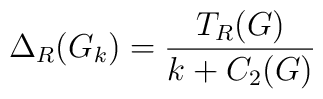
\Delta_R(G_k)=\frac{T_R(G)}{k+C_2(G)}